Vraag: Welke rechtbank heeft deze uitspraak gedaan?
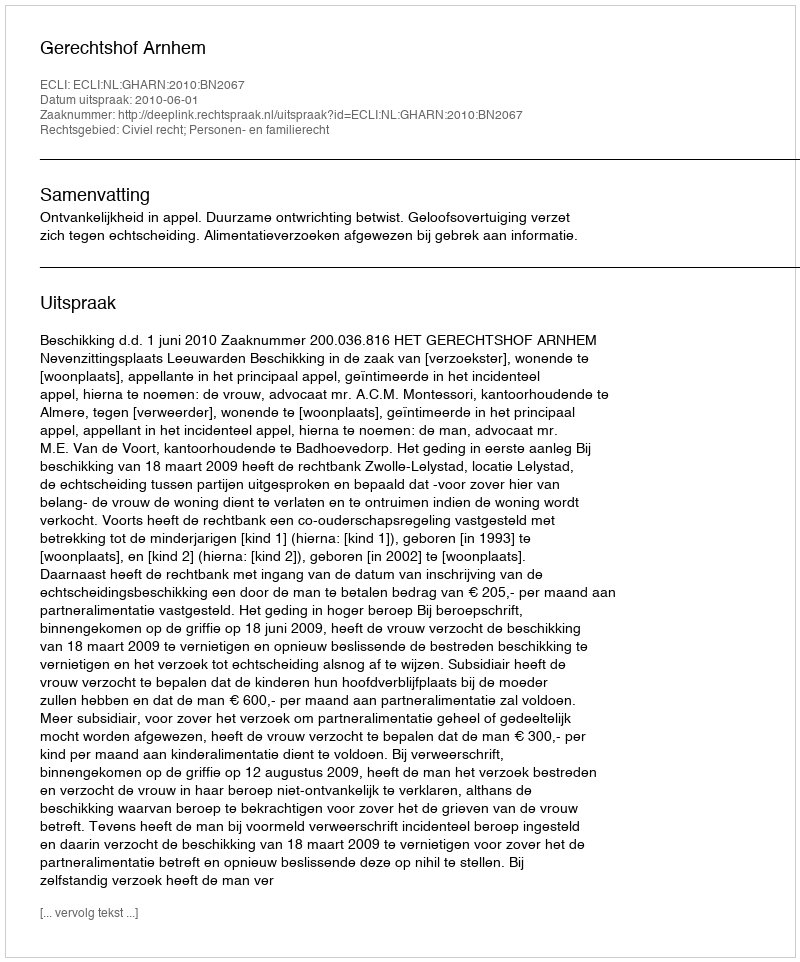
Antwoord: Gerechtshof Arnhem